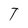
Character: T